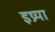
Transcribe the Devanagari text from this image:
इष्र्या